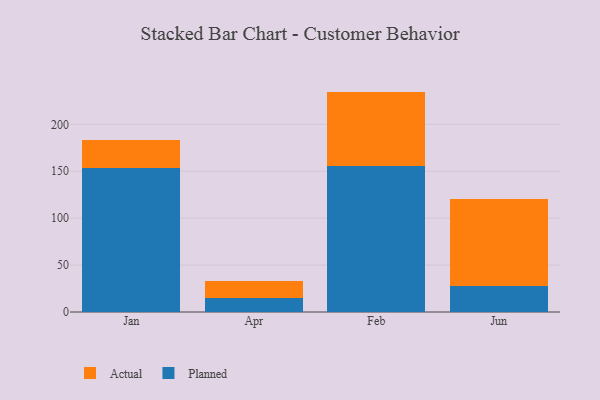
{"axis": {"x": "Month", "y": "Satisfaction Score"}, "legend": ["Actual", "Planned"], "data": [{"x": "Jan", "y": 153.6, "type": "Planned"}, {"x": "Jan", "y": 29.5, "type": "Actual"}, {"x": "Apr", "y": 14.6, "type": "Planned"}, {"x": "Apr", "y": 18.8, "type": "Actual"}, {"x": "Feb", "y": 155.6, "type": "Planned"}, {"x": "Feb", "y": 79.3, "type": "Actual"}, {"x": "Jun", "y": 27.7, "type": "Planned"}, {"x": "Jun", "y": 92.3, "type": "Actual"}]}